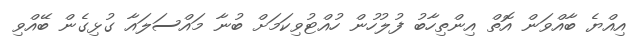
އިއްޔެ ބާއްވަން އޮތް އިންތިހާބު ފުލުހުން ހުއްޓުވިކަމަށް ބުނާ މައްސަލައާ ގުޅިގެން ބޭއްވި